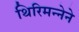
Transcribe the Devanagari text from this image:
थिरिमन्नेने